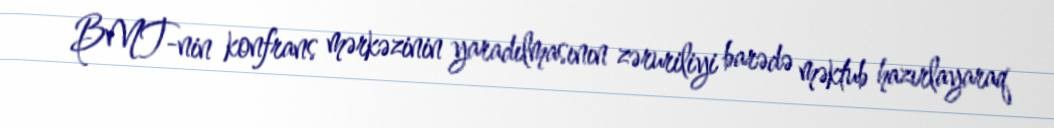
BMT-nin konfrans mərkəzinin yaradılmasının zəruriliyi barədə məktub hazırlayaraq